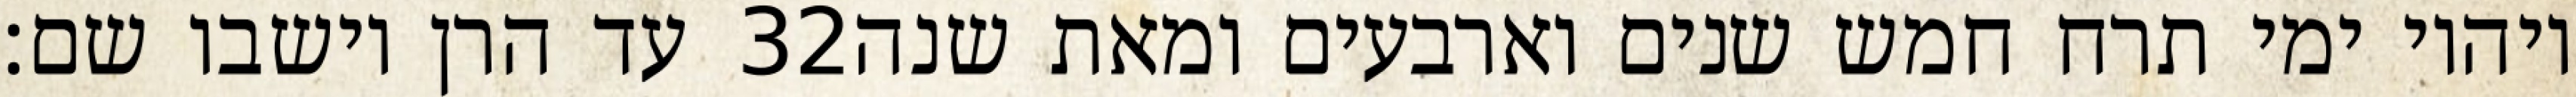
עד הרן וישבו שם׃ ‎32‏ ויהיו ימי תרח חמש שנים וארבעים ומאת שנה